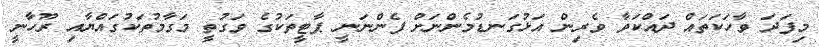
މިފަދަ ވާހަކަތައް ދައްކަވާ ވެރިން އަޅުުގަނޑުމެންނަށް ފެންނަނީ ޕާޓީތަކުގެ ވަގުތީ މަގާމުތަކުގައްޔާއި ރޫހާނީ